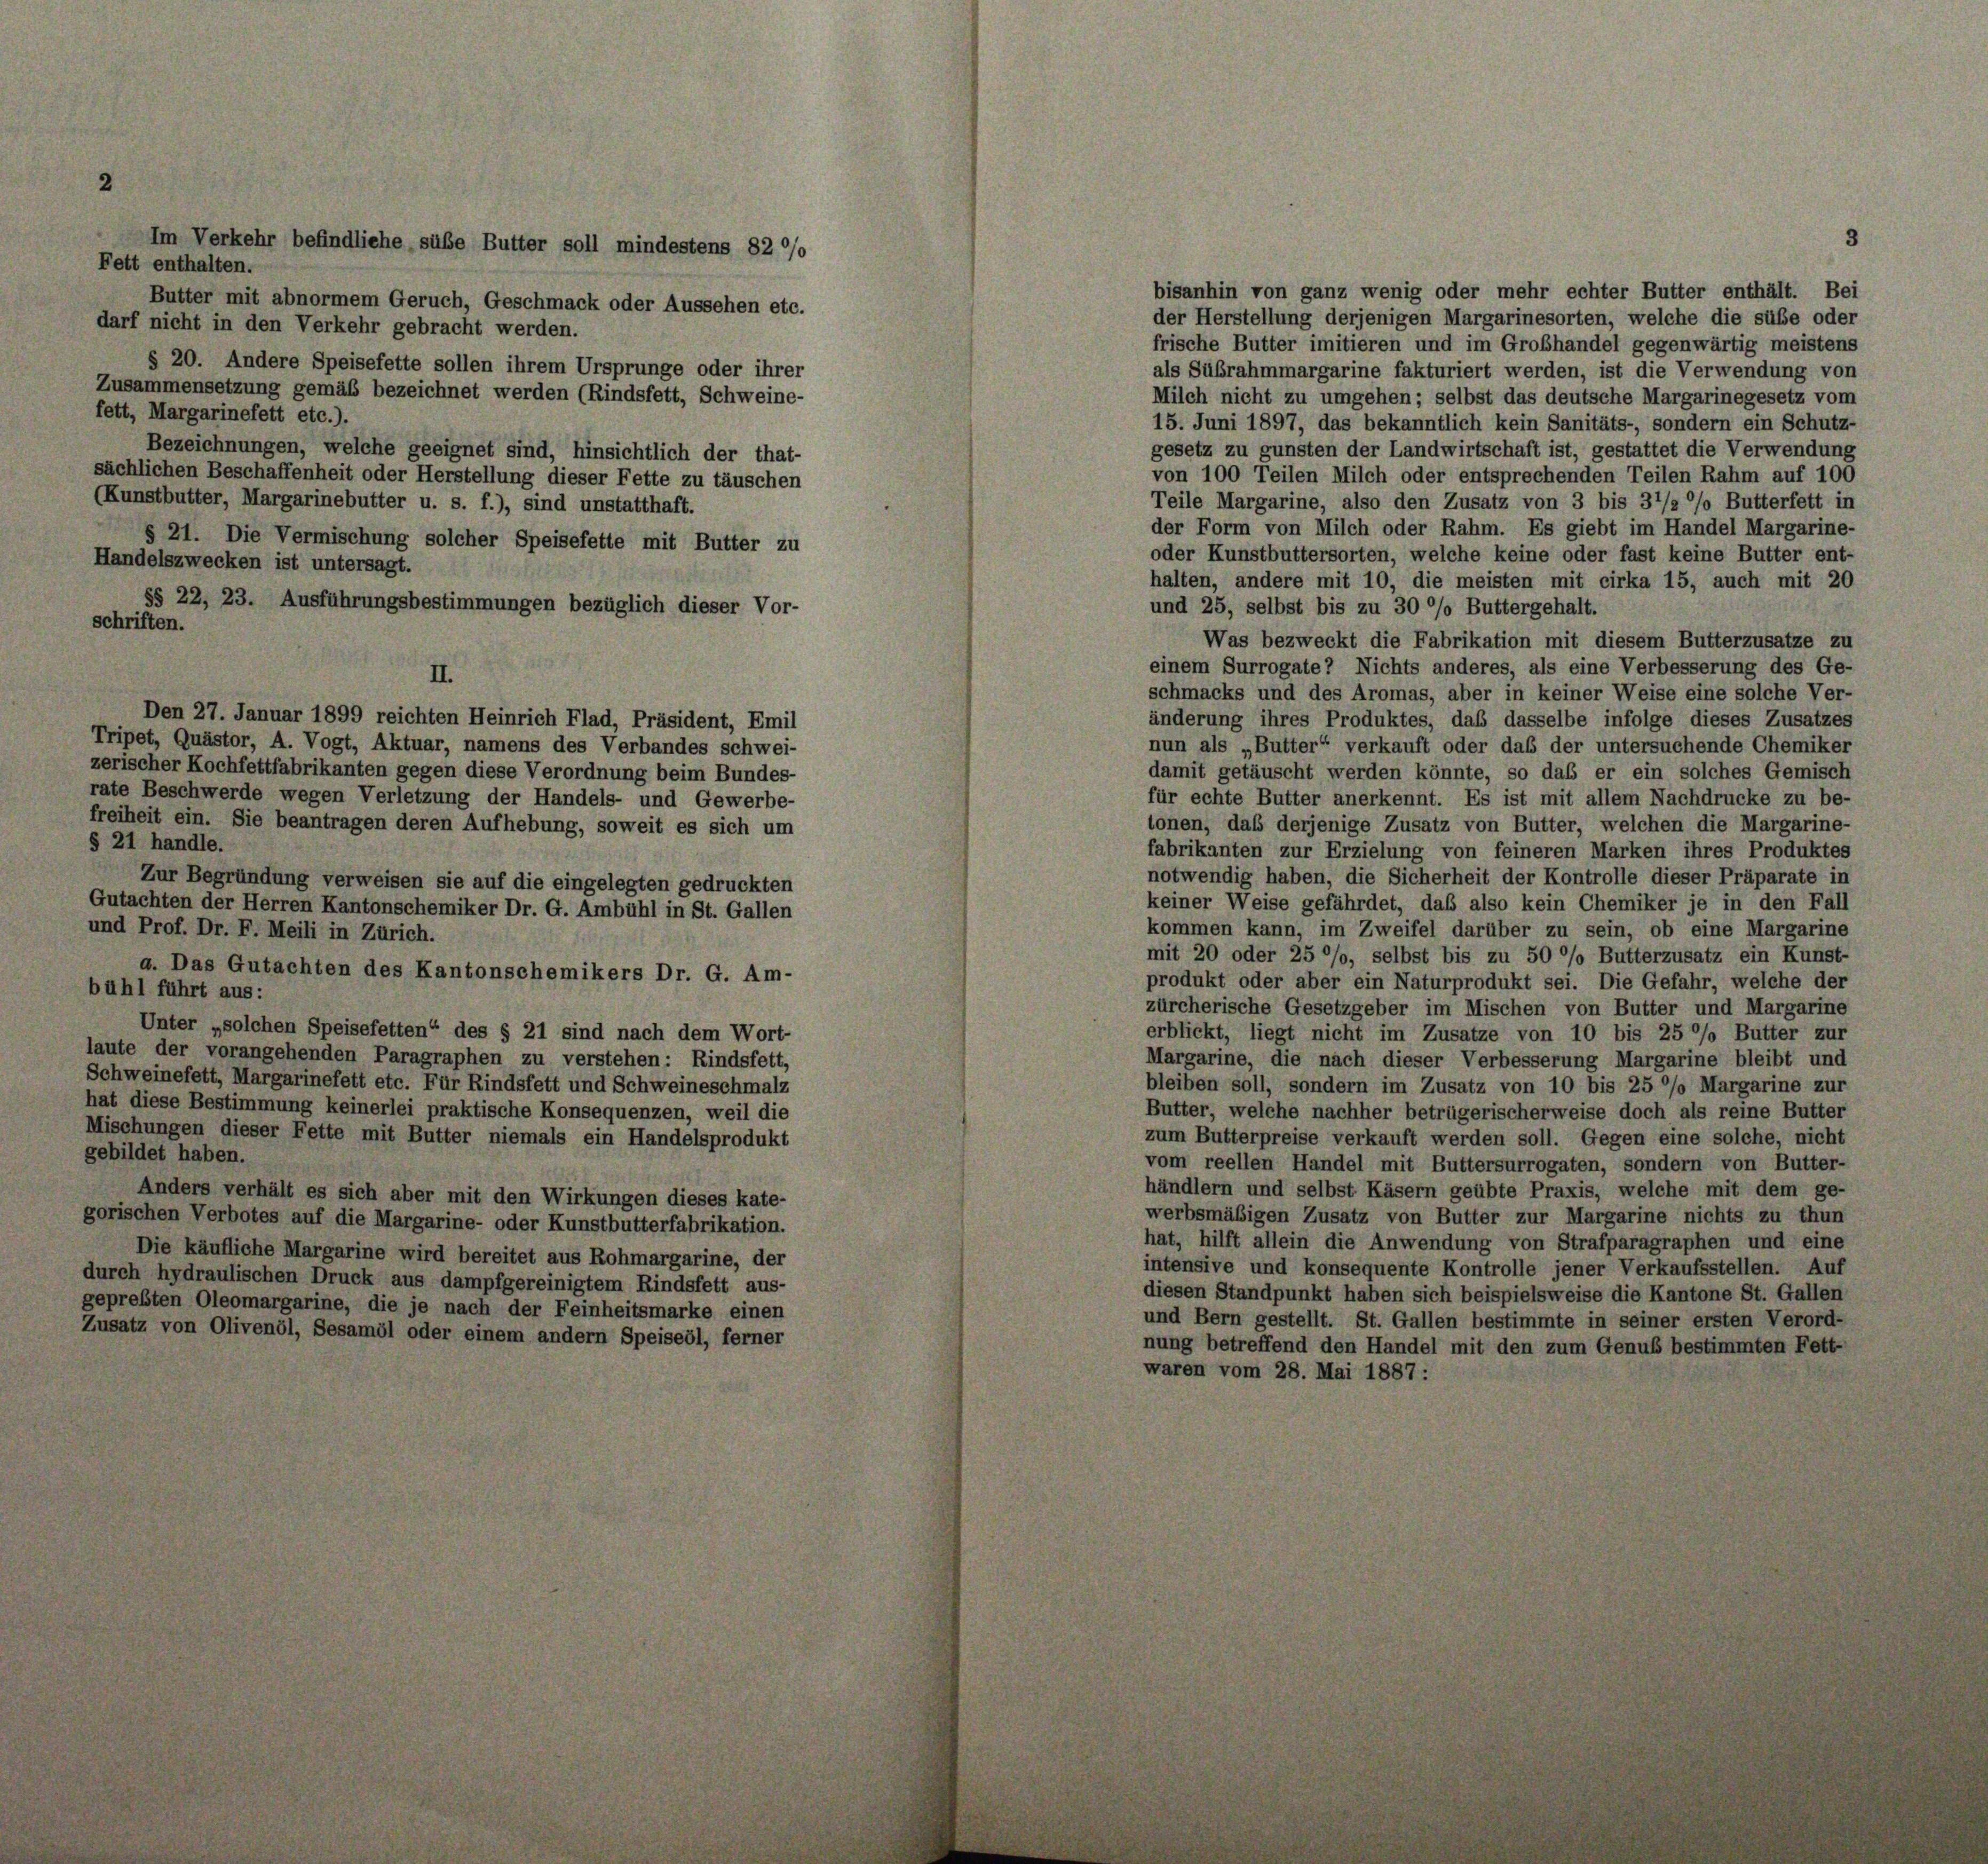
sächlichen Beschaffenheit oder Herstellung dieser Fette zu täuschen
(Kunstbutter, Margarinebutter u. s. f.), sind unstatthaft.
§ 21. Die Vermischung solcher Speisefette mit Butter zu
Handelszwecken ist untersagt.
§§ 22, 23. Ausführungsbestimmungen bezüglich dieser Vor-
schriften.
II.
Den 27. Januar 1899 reichten Heinrich Flad, Präsident, Emil
Tripet, Quästor, A. Vogt, Aktuar, namens des Verbandes schwei-
zerischer Kochfettfabrikanten gegen diese Verordnung beim Bundes-
rate Beschwerde wegen Verletzung der Handels- und Gewerbe-
freiheit ein. Sie beantragen deren Aufhebung, soweit es sich um
§ 21 handle.
Zur Begründung verweisen sie auf die eingelegten gedruckten
Gutachten der Herren Kantonschemiker Dr. G. Ambühl in St. Gallen
und Prof. Dr. F. Meili in Zürich.
a. Das Gutachten des Kantonschemikers Dr. G. Am-
bühl führt aus:
Unter „solchen Speisefetten“ des § 21 sind nach dem Wort-
laute der vorangehenden Paragraphen zu verstehen: Rindsfett,
Schweinefett, Margarinefett etc. Für Rindsfett und Schweineschmalz
hat diese Bestimmung keinerlei praktische Konsequenzen, weil die
Mischungen dieser Fette mit Butter niemals ein Handelsprodukt
gebildet haben.
Anders verhält es sich aber mit den Wirkungen dieses kate-
gorischen Verbotes auf die Margarine- oder Kunstbutterfabrikation.
Die käufliche Margarine wird bereitet aus Rohmargarine, der
durch hydraulischen Druck aus dampfgereinigtem Rindsfett aus-
gepreßten Oleomargarine, die je nach der Feinheitsmarke einen
Zusatz von Olivenöl, Sesamöl oder einem andern Speiseöl, ferner

Im Verkehr befindliche, süße Butter soll mindestens 82 °/o
Fett enthalten.
Butter mit abnormem Geruch, Geschmack oder Aussehen etc.
darf nicht in den Verkehr gebracht werden.
§ 20. Andere Speisefette sollen ihrem Ursprunge oder ihrer
Zusammensetzung gemäß bezeichnet werden (Rindsfett, Schweine-
fett, Margarinefett etc.).
Bezeichnungen, welche geeignet sind, hinsichtlich der that-

von 100 Teilen Milch oder entsprechenden Teilen Rahm auf 100
Teile Margarine, also den Zusatz von 3 bis 37/2 °/o Butterfett in
der Form von Milch oder Rahm. Es giebt im Handel Margarine-
oder Kunstbuttersorten, welche keine oder fast keine Butter ent-
halten, andere mit 10, die meisten mit cirka 15, auch mit 20
und 25, selbst bis zu 30 %% Buttergehalt.
Was bezweckt die Fabrikation mit diesem Butterzusatze zu
einem Surrogate? Nichts anderes, als eine Verbesserung des Ge-
schmacks und des Aromas, aber in keiner Weise eine solche Ver-
änderung ihres Produktes, daß dasselbe infolge dieses Zusatzes

3

bisanhin von ganz wenig oder mehr echter Butter enthält. Bei
der Herstellung derjenigen Margarinesorten, welche die süße oder
frische Butter imitieren und im Grobhandel gegenwärtig meistens
als Sübrahmmargarine fakturiert werden, ist die Verwendung von
Milch nicht zu umgehen; selbst das deutsche Margarinegesetz vom
15. Juni 1897, das bekanntlich kein Sanitäts-, sondern ein Schutz-
gesetz zu gunsten der Landwirtschaft ist, gestattet die Verwendung
nun als „Butter“ verkauft oder das der untersuchende Chemiker
damit getäuscht werden könnte, so das er ein solches Gemisch
für echte Butter anerkennt. Es ist mit allem Nachdrucke zu be-
tonen, daß derjenige Zusatz von Butter, welchen die Margarine-
fabrikanten zur Erzielung von feineren Marken ihres Produktes
notwendig haben, die Sicherheit der Kontrolle dieser Präparate in
keiner Weise gefährdet, das also kein Chemiker je in den Fall
kommen kann, im Zweifel darüber zu sein, ob eine Margarine
mit 20 oder 25 °/o, selbst bis zu 50 °/o Butterzusatz ein Kunst-
produkt oder aber ein Naturprodukt sei. Die Gefahr, welche der
zürcherische Gesetzgeber im Mischen von Butter und Margarine
erblickt, liegt nicht im Zusatze von 10 bis 25 %% Butter zur
Margarine, die nach dieser Verbesserung Margarine bleibt und
bleiben soll, sondern im Zusatz von 10 bis 25 °/o Margarine zur
Butter, welche nachher betrügerischerweise doch als reine Butter
zum Butterpreise verkauft werden soll. Gegen eine solche, nicht
vom reellen Handel mit Buttersurrogaten, sondern von Butter-
händlern und selbst Käsern geübte Praxis, welche mit dem ge-
werbsmäßigen Zusatz von Butter zur Margarine nichts zu thun
hat, hilft allein die Anwendung von Strafparagraphen und eine
intensive und konsequente Kontrolle jener Verkaufsstellen. Auf
diesen Standpunkt haben sich beispielsweise die Kantone St. Gallen
und Bern gestellt. St. Gallen bestimmte in seiner ersten Verord-
nung betreffend den Handel mit den zum Genus bestimmten Fett-
waren vom 28. Mai 1887 :